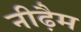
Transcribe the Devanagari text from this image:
नीढ़ैम